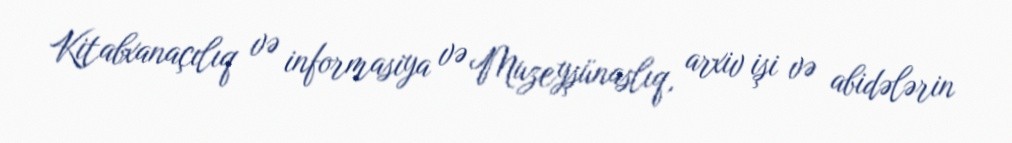
Kitabxanaçılıq və informasiya və Muzeyşünaslıq, arxiv işi və abidələrin